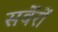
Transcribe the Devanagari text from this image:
सर्वेरों